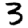
Digit: 3